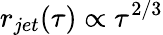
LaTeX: r_{jet}(\tau)\propto\tau^{2/3}